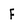
Character: F